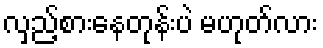
လှည့်စားနေတုန်းပဲ မဟုတ်လား